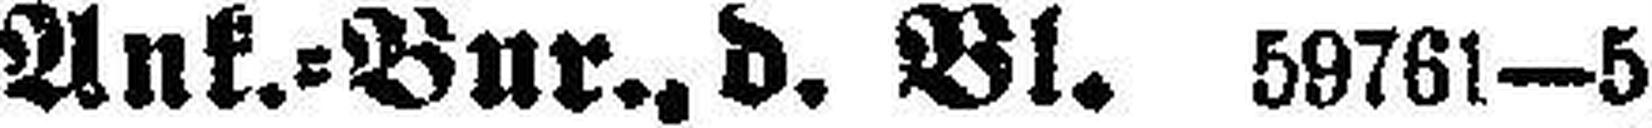
Ank.=Bur., d. Bl. 59761—5